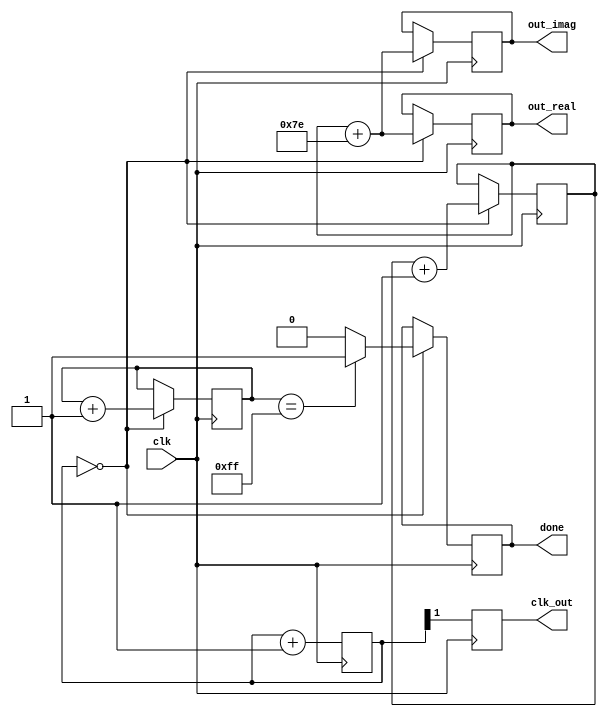
module counter(clk,
			   out_real,
			   out_imag,
			   clk_out,
			   done
			  );
	
	input			clk;
	output	[7:0]	out_real, out_imag;
	output			clk_out, done;
	
	reg		[7:0]	out_real, out_imag;
	reg		[1:0]	count_2,count;
	reg		[7:0]	count_8;
	reg				clk_out, done;
	
	initial begin
		out_real = 8'd0;
		out_imag = 8'd0;
		count_8 = 8'd0;
		count_2 = 2'd0;
		count = 2'd0;
	end
	
	always @(posedge clk) begin
		if(count_2 == 2'd0) begin
			out_real <= count + 8'd126;
			out_imag <= count + 8'd126;
			count_8 <= count_8 + 8'd1;
			count<= count + 2'd1;
			if(count_8 == 8'd255)
				done <= 1;
			else
				done <= 0;
		end
		count_2 <= count_2 + 2'd1;
		clk_out <= count_2[1];
	end
	
endmodule